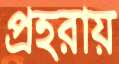
প্রহরায়